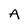
Character: A